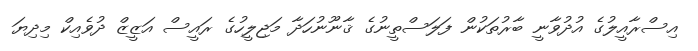
އިސްރާއީލުގެ އުދުވާނީ ބާރުތަކުން ފަލަސްތީނުގެ ޤާނޫނުހަދާ މަޖިލީހުގެ ރައީސް އަޒީޒް ދުވެއިކް މިދިޔަ